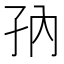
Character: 𱙸